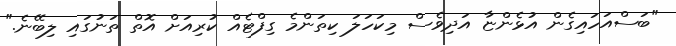
"ބަސްއަހައިގެން އުޅެންޏާ އަދިވެސް މިކަހަލަ ކިތަންމެ ގިފްޓެއް ކުރިއަށް އޮތް ތަނުގައި ލިބޭނެ."